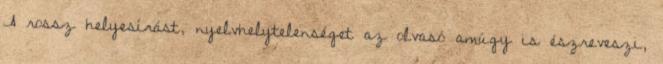
A rossz helyesírást, nyelvhelytelenséget az olvasó amúgy is észreveszi,